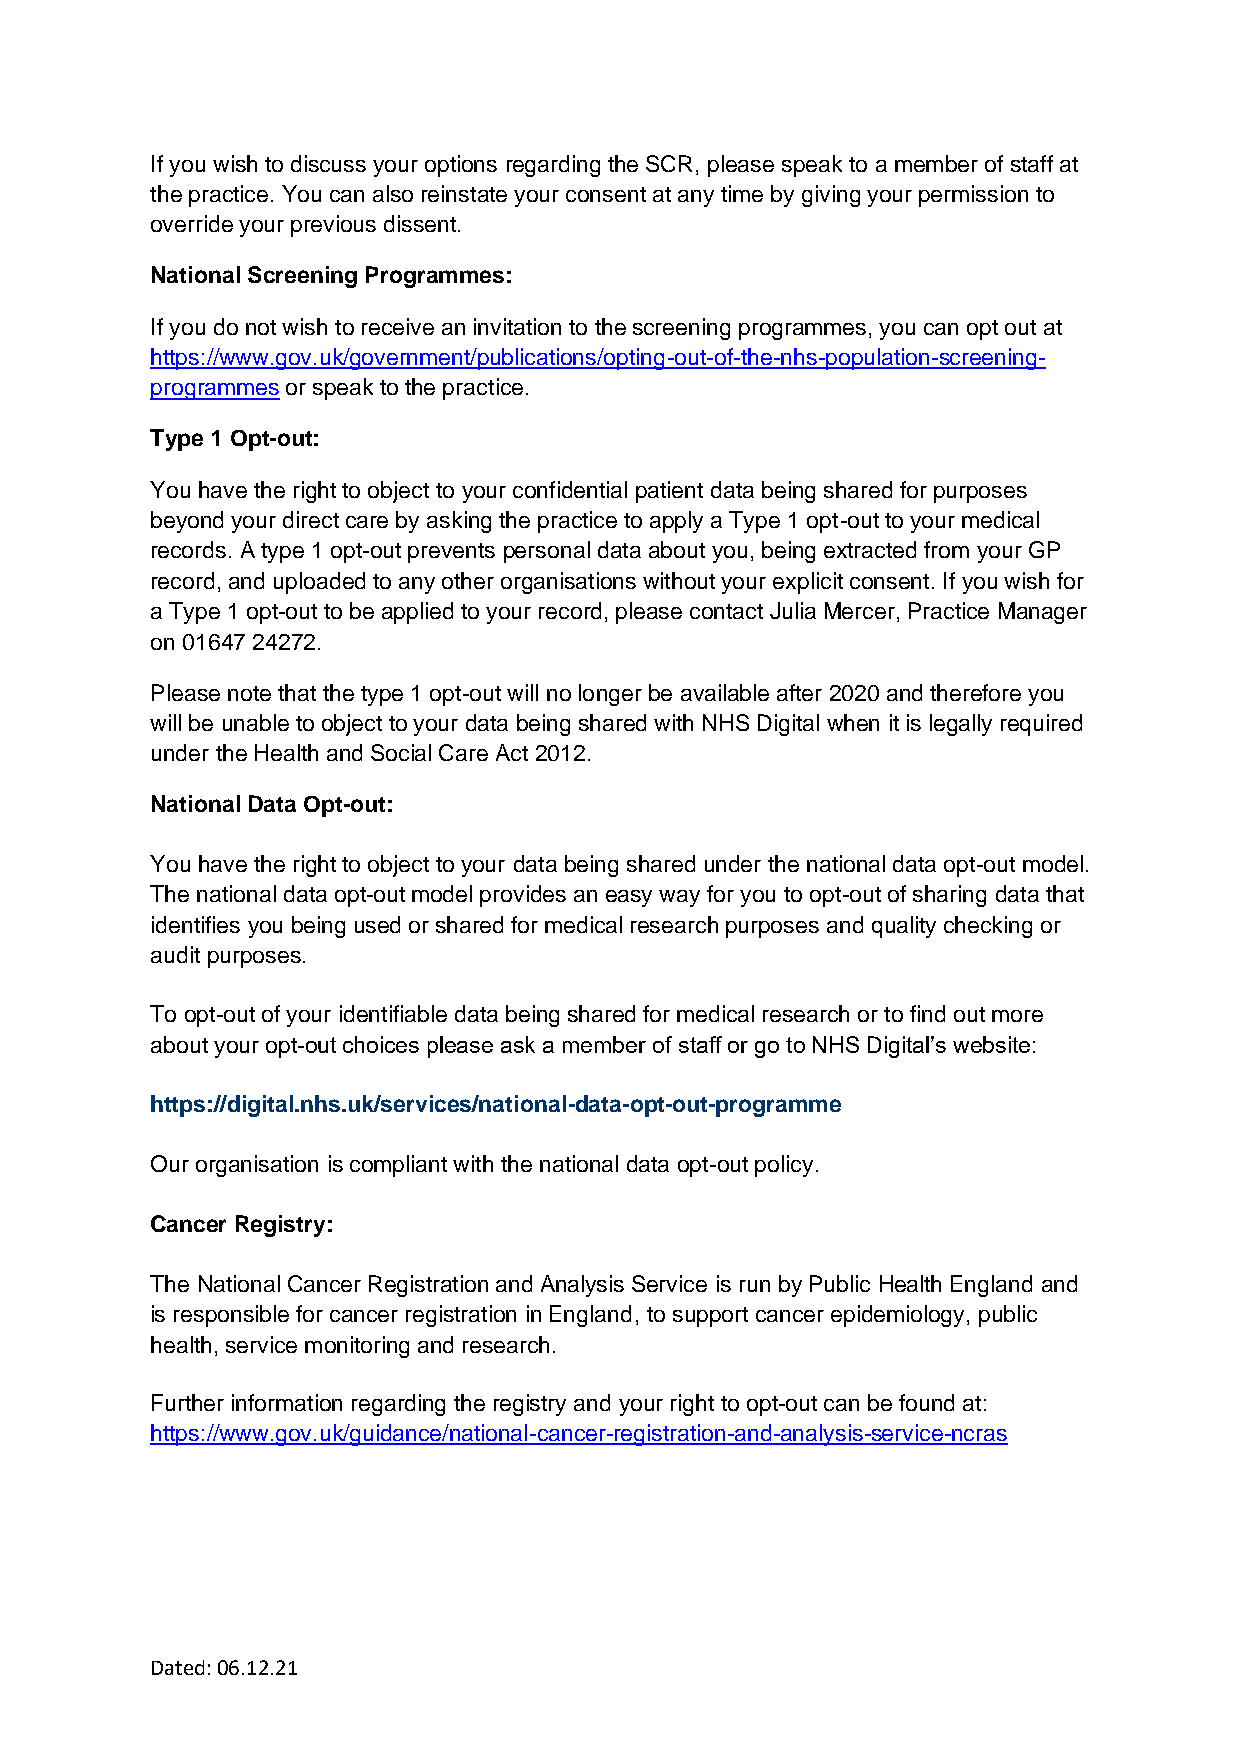
If you wish to discuss your options regarding the SCR, please speak to a member of staff at
 the practice. You can also reinstate your consent at any time by giving your permission to
 override your previous dissent.
 National Screening Programmes:
 If you do not wish to receive an invitation to the screening programmes, you can opt out at
 https://www.gov.uk/government/publications/opting-out-of-the-nhs-population-screening-
 programmes or speak to the practice.
 Type 1 Opt-out:
 You have the right to object to your confidential patient data being shared for purposes
 beyond your direct care by asking the practice to apply a Type 1 opt-out to your medical
 records. A type 1 opt-out prevents personal data about you, being extracted from your GP
 record, and uploaded to any other organisations without your explicit consent. If you wish for
 a Type 1 opt-out to be applied to your record, please contact Julia Mercer, Practice Manager
 on 01647 24272.
 Please note that the type 1 opt-out will no longer be available after 2020 and therefore you
 will be unable to object to your data being shared with NHS Digital when it is legally required
 under the Health and Social Care Act 2012.
 National Data Opt-out:
 You have the right to object to your data being shared under the national data opt-out model.
 The national data opt-out model provides an easy way for you to opt-out of sharing data that
 identifies you being used or shared for medical research purposes and quality checking or
 audit purposes.
 To opt-out of your identifiable data being shared for medical research or to find out more
 about your opt-out choices please ask a member of staff or go to NHS Digital’s website:
 https://digital.nhs.uk/services/national-data-opt-out-programme
 Our organisation is compliant with the national data opt-out policy.
 Cancer Registry:
 The National Cancer Registration and Analysis Service is run by Public Health England and
 is responsible for cancer registration in England, to support cancer epidemiology, public
 health, service monitoring and research.
 Further information regarding the registry and your right to opt-out can be found at:
 https://www.gov.uk/guidance/national-cancer-registration-and-analysis-service-ncras
 Dated: 06.12.21